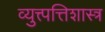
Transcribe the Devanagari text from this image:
व्युत्त्पत्तिशास्त्र